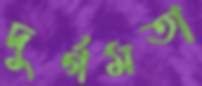
দুর্গমতা